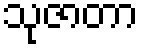
သုဇာတာ